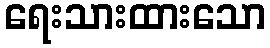
ရေးသားထားသော